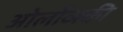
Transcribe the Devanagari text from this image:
ओर्लोव्स्की